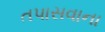
તપાસવાના